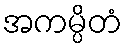
အကမ္ပိတံ